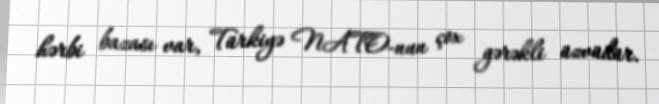
hərbi bazası var, Türkiyə NATO-nun çox gərəkli üzvüdür.